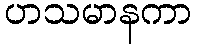
ဟသမာနကာ